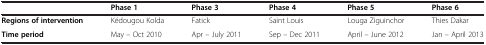
|  | Phase 1 | Phase 3 | Phase 4 | Phase 5 | Phase 6 |
 | --- | --- | --- | --- | --- | --- |
 | Regions of intervention | Kédougou Kolda | Fatick | Saint Louis | Louga Ziguinchor | Thies Dakar |
 | Time period | May – Oct 2010 | Apr – July 2011 | Sep – Dec 2011 | April – June 2012 | Jan – April 2013 |